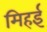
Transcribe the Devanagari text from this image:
मिहई